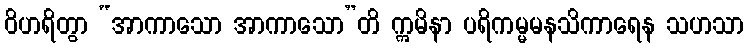
ဝိဟရိတွာ “အာကာသော အာကာသော”တိ ဣမိနာ ပရိကမ္မမနသိကာရေန သဟသာ